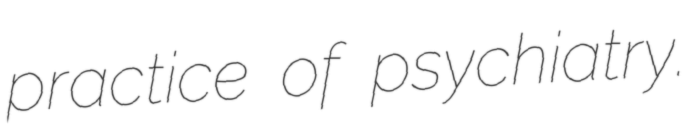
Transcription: practice of psychiatry.